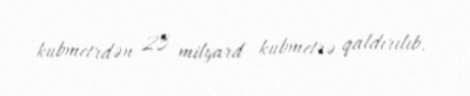
kubmetrdən 23 milyard kubmetrə qaldırılıb.